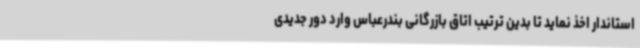
استاندار اخذ نماید تا بدین ترتیب اتاق بازرگانی بندرعباس وارد دور جدیدی